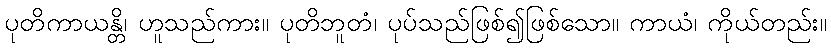
ပုတိကာယန္တိ၊ ဟူသည်ကား။ ပုတိဘူတံ၊ ပုပ်သည်ဖြစ်၍ဖြစ်သော။ ကာယံ၊ ကိုယ်တည်း။